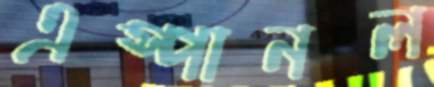
এস্পানল